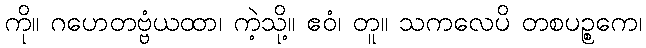
ကို။ ဂဟေတဗ္ဗံယထာ၊ ကဲ့သို့။ ဧဝံ၊ တူ။ သကလေပိ တစပဉ္စကေ၊